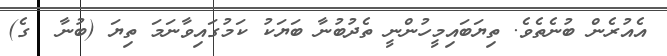
އެއުރެން ބުނެތެވެ. ތިޔަބައިމީހުންނީ ތެދުބުނާ ބަޔަކު ކަމުގައިވާނަމަަ ތިޔަ (ބުނާ  ގެ)